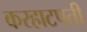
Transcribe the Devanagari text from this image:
करहाटपती